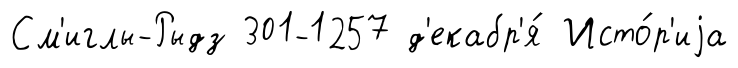
См'иглы-Рыдз 301-1257 д'екабр'я́ Исто́р'иjа